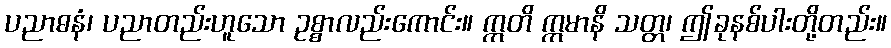
ပညာဓနံ၊ ပညာတည်းဟူသော ဥစ္စာလည်းကောင်း။ ဣတိ ဣမာနိ သတ္တ၊ ဤခုနစ်ပါးတို့တည်း။